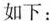
如下：